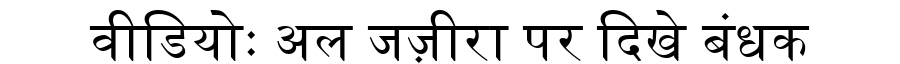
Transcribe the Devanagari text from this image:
वीडियोः अल जज़ीरा पर दिखे बंधक